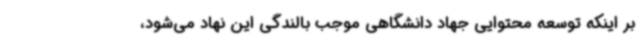
بر اینکه توسعه محتوایی جهاد دانشگاهی موجب بالندگی این نهاد می‌شود،